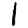
Digit: 1